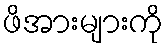
ဖိအားများကို